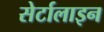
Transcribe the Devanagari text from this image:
सेर्टालाइन